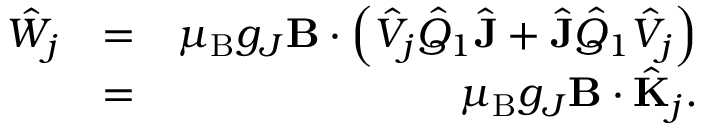
\begin{array} { r l r } { \hat { W } _ { j } } & { = } & { \mu _ { \mathrm { B } } g _ { J } \mathbf { B } \cdot \left( \hat { V } _ { j } \hat { Q } _ { 1 } \hat { \mathbf { J } } + \hat { \mathbf { J } } \hat { Q } _ { 1 } \hat { V } _ { j } \right) } \\ & { = } & { \mu _ { \mathrm { B } } g _ { J } \mathbf { B } \cdot \hat { \mathbf { K } } _ { j } . } \end{array}